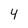
Character: 4